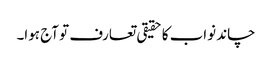
چاند نواب کا حقیقی تعارف تو آج ہوا۔